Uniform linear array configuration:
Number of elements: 4
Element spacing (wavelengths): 0.25
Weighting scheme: hamming
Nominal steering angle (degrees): -15
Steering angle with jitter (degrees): -13.362
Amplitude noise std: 0.05
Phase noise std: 0.05

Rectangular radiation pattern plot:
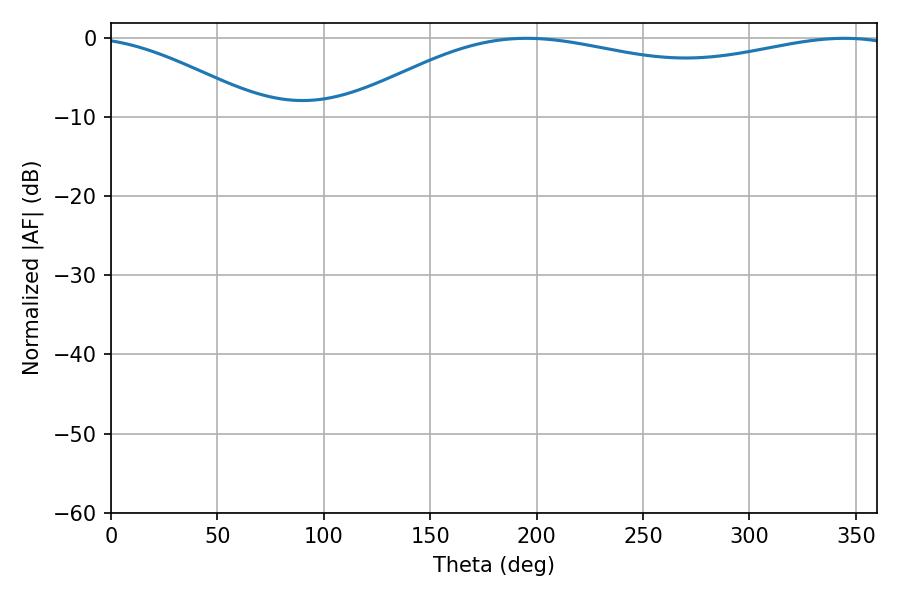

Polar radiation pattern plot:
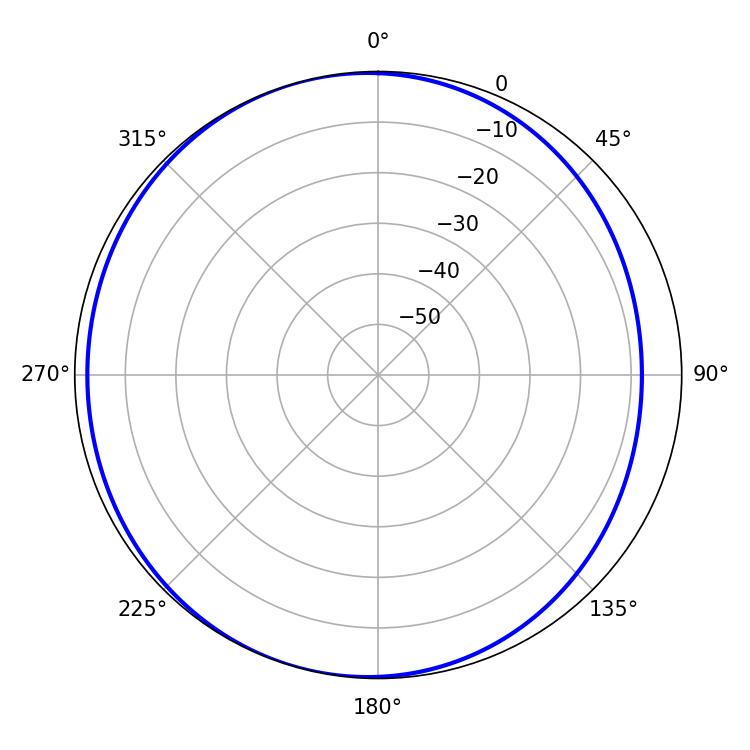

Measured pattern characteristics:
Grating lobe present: FALSE
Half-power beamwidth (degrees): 212.4
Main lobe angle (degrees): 195.3